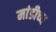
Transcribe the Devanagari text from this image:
मांडीच्य